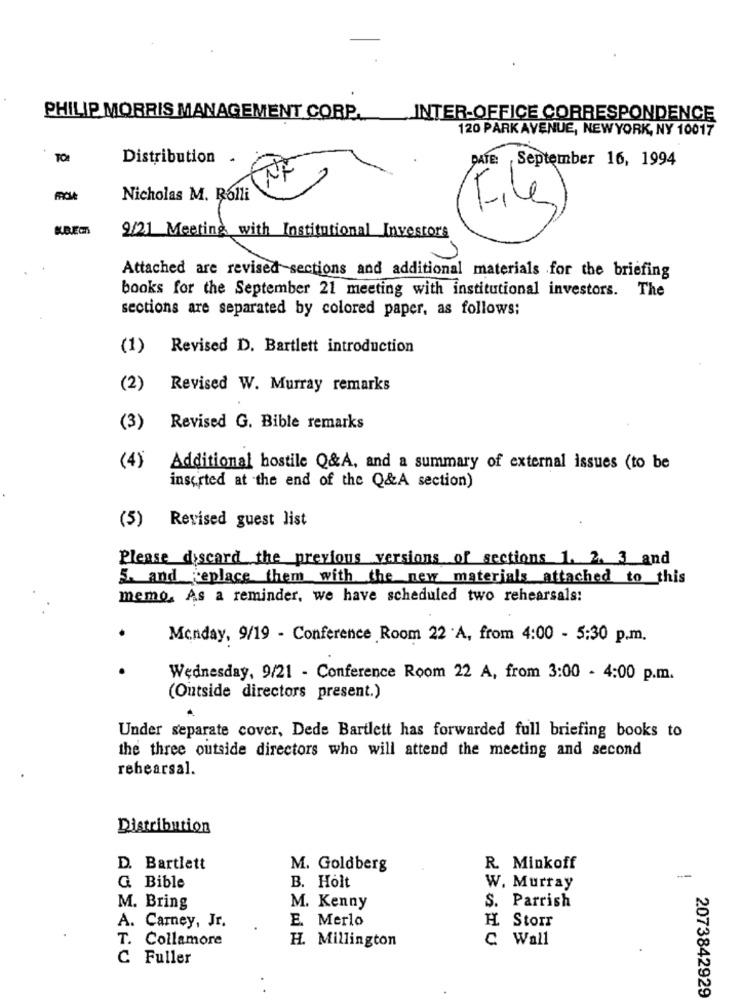
PHILIP MORRIS MANAGEMENT CORP.
INTER-OFFICE CORRESPONDENCE
120 PARK AVENUE, NEWYORK, NY 10017
Distribution .
DATE: September 16, 1994
Nicholas M. Rolli
File
9/21 Meeting with Institutional Investors
Attached are revised sections and additional materials for the briefing
books for the September 21 meeting with institutional investors. The
sections are separated by colored paper, as follows:
(1) Revised D. Bartlett introduction
(2)
Revised W. Murray remarks
(3) Revised G. Bible remarks
(4)
Additional hostile Q&A, and a summary of external issues (to be
inserted at the end of the Q&A section)
(5) Revised guest list
Please discard the previous versions of sections 1. 2. 3 and
5. and Replace them with the new materials attached to this
memo. As a reminder, we have scheduled two rehearsals:
Monday, 9/19 - Conference Room 22 A, from 4:00 - 5:30 p.m.
Wednesday, 9/21 - Conference Room 22 A, from 3:00 - 4:00 p.m.
(Outside directors present.)
Under separate cover, Dede Bartlett has forwarded full briefing books to
the three outside directors who will attend the meeting and second
rehearsal.
Distribution
D. Bartlett
M. Goldberg
R. Minkoff
G Bible
B. Holt
W. Murray
M. Bring
M. Kenny
S. Parrish
E. Merlo
H Storr
A. Carney, Jr.
T. Collamore
H. Millington
C Wall
C Fuller
2073842929